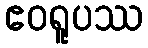
ဧဝရူပဿ